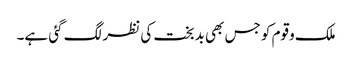
ملک وقوم کو جس بھی بدبخت کی نظر لگ گئی ہے۔